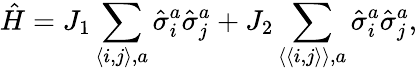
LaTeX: \hat{H}=J_{1}\sum_{\langle i,j\rangle,a}\hat{\sigma}_{i}^{a}\hat{\sigma}_{j}^{a}+J_{2}\sum_{{\langle\langle}i,j{\rangle\rangle},a}\hat{\sigma}_{i}^{a}\hat{\sigma}_{j}^{a},